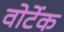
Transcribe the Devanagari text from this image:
वोर्टेक